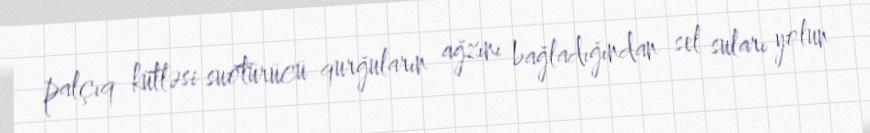
palçıq kütləsi suötürücü qurğuların ağzını bağladığından sel suları yolun